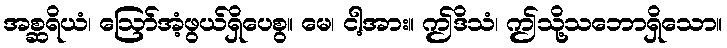
အစ္ဆရိယံ၊ ဩော်အံ့ဖွယ်ရှိပေစွ။ မေ၊ ငါ့အား။ ဤဒိသံ၊ ဤသို့သဘောရှိသော။